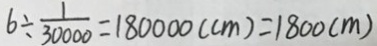
6 \div \frac { 1 } { 3 0 0 0 0 } = 1 8 0 0 0 0 ( c m ) = 1 8 0 0 ( m )